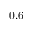
0 . 6